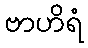
ဗာဟိရံ